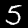
Digit: 5